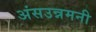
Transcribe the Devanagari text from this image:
अंसउन्नमनी